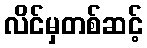
လိင်မှတစ်ဆင့်